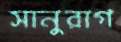
সানুরাগ